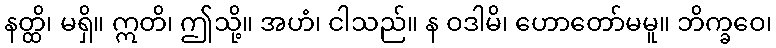
နတ္ထိ၊ မရှိ။ ဣတိ၊ ဤသို့။ အဟံ၊ ငါသည်။ န ဝဒါမိ၊ ဟောတော်မမူ။ ဘိက္ခဝေ၊